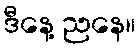
ဒီနေ့ ညနေ။